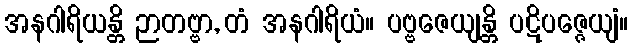
အနဂါရိယန္တိ ဉာတဗ္ဗာ, တံ အနဂါရိယံ။ ပဗ္ဗဇေယျန္တိ ပဋိပဇ္ဇေယျံ။